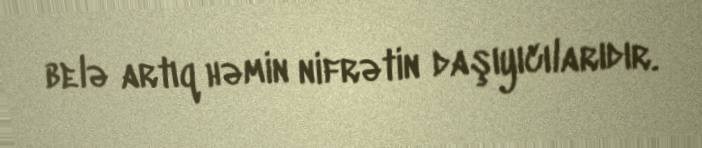
belə artıq həmin nifrətin daşıyıcılarıdır.